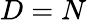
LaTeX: D=N